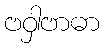
ဗဝှါဗာဓာ